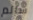
سالم